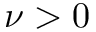
\nu > 0